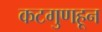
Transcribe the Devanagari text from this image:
कटगुणहून